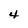
Character: 4